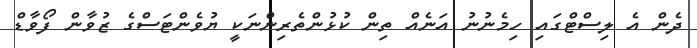
ދެން އެ ލިސްޓްގައި ހިމެނުނު އަނެއް ތިން ކުޅުންތެރިންނަކީ ޔުވެންޓަސްގެ ޒުވާން ފޯވާޑް